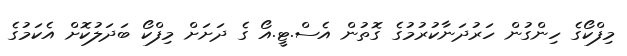
މިފްކޯގެ ހިންގުން ހަރުދަނާކުރުމުގެ ގޮތުން އެސް.ޓީ.އޯ ގެ ދަށަށް މިފްކޯ ބަދަލުކޮށް އެކަމުގެ